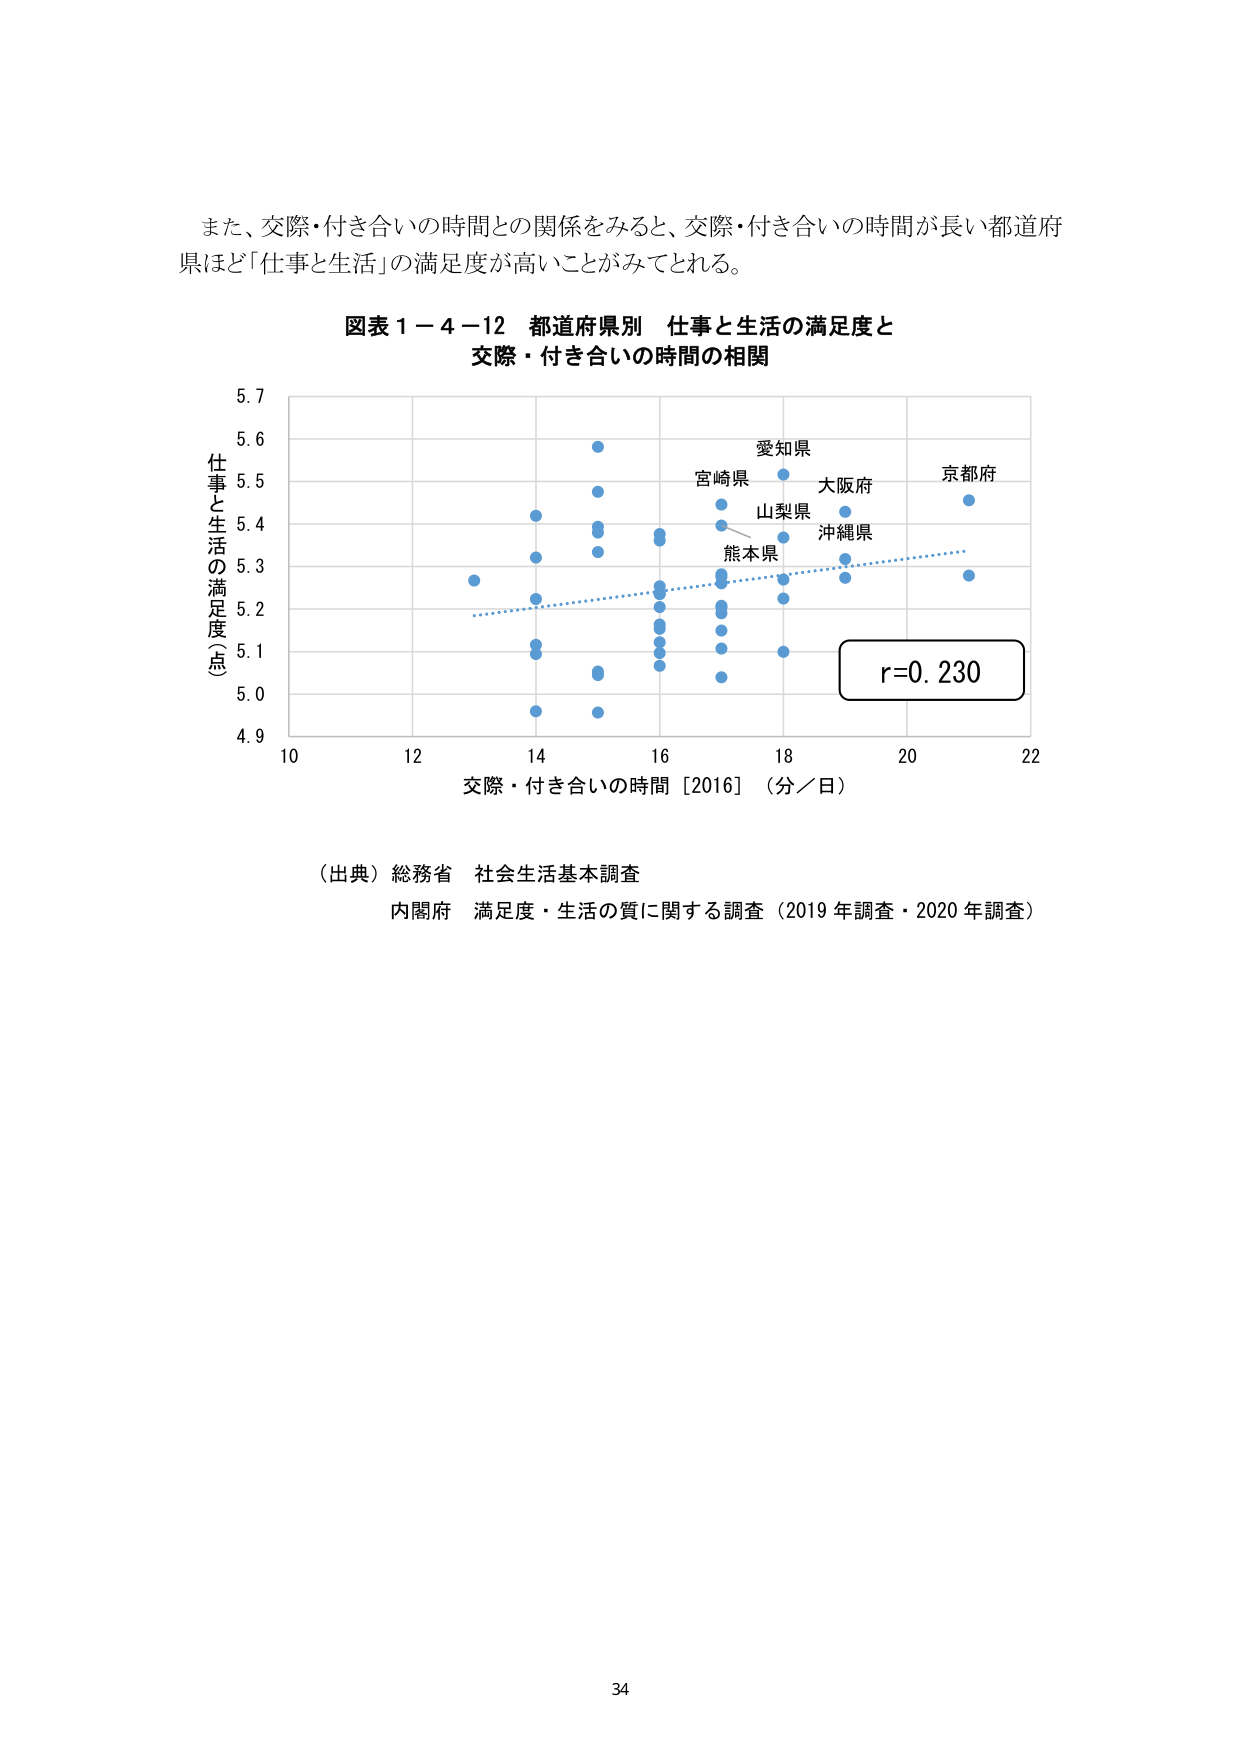
また、交際・付き合いの時間との関係をみると、交際・付き合いの時間が長い都道府県ほど「仕事と生活」の満足度が高いことがみてとれる。

図表１－４－１２ 都道府県別 仕事と生活の満足度と
交際・付き合いの時間の相関

仕事と生活の満足度（点）
5.7
5.6
5.5
5.4
5.3
5.2
5.1
5.0
4.9

10 12 14 16 18 20 22
交際・付き合いの時間［2016］（分／日）

愛知県
宮崎県
大阪府
京都府
山梨県
沖縄県
熊本県

r=0.230

（出典）総務省 社会生活基本調査
内閣府 満足度・生活の質に関する調査（2019年調査・2020年調査）

34